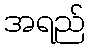
အရည်